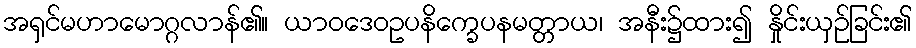
အရှင်မဟာမောဂ္ဂလာန်၏။ ယာဝဒေဝဥပနိက္ခေပနမတ္တာယ၊ အနီး၌ထား၍ နှိုင်းယှဉ်ခြင်း၏